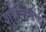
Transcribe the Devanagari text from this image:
शुभचितंक